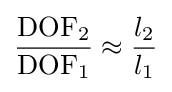
{\frac {\mathrm {DOF} _{2}}{\mathrm {DOF} _{1}}}\approx {\frac {l_{2}}{l_{1}}}